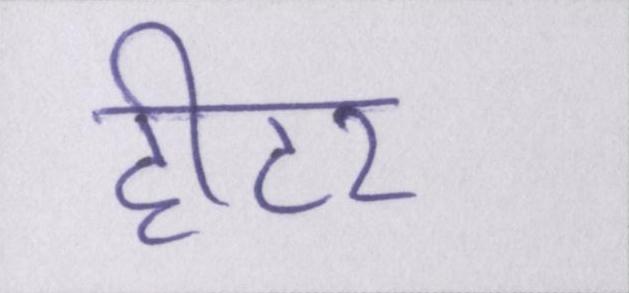
हीटर